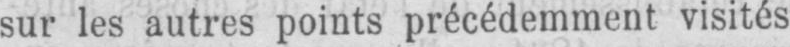
sur les autres points précédemment visités